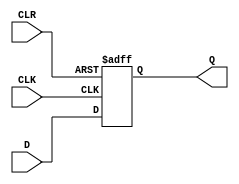
module dff_async_clear (
    input wire D,
    input wire CLK,
    input wire CLR,
    output reg Q
);

always @(posedge CLK or negedge CLR) begin
    if (CLR == 0) begin
        Q <= 0;
    end else begin
        Q <= D;
    end
end

endmodule